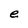
Character: e